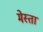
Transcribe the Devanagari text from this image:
मेस्ता